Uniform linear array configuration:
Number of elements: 24
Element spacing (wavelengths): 0.25
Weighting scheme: hamming
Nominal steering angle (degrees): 60
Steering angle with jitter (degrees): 58.222
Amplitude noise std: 0.05
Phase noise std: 0.05

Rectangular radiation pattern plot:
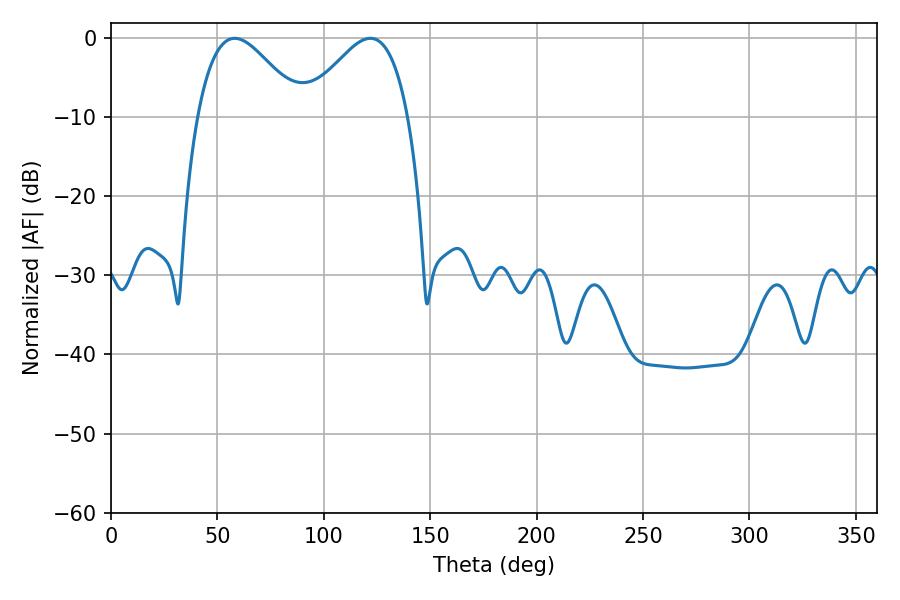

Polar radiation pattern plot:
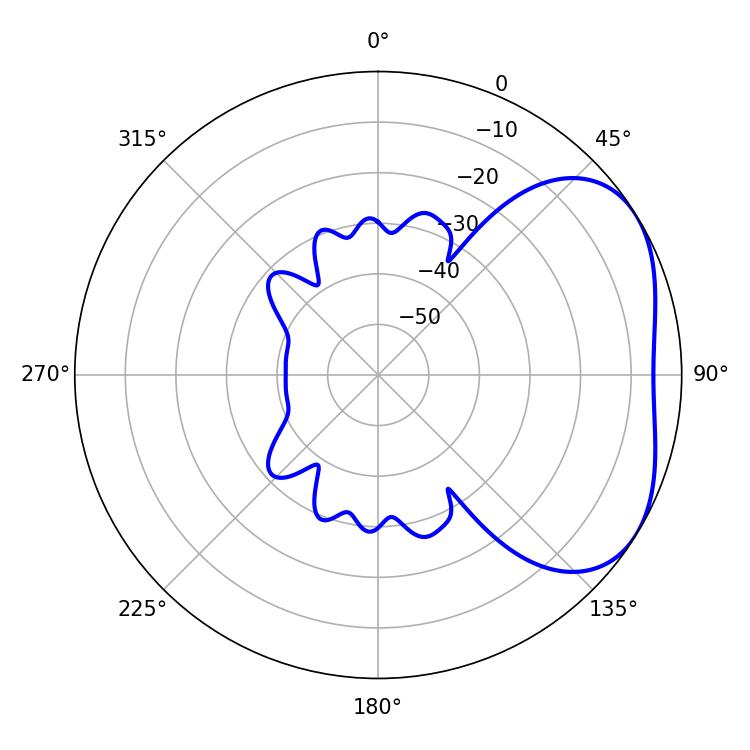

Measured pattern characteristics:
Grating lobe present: FALSE
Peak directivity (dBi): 3.579
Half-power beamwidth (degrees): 26.28
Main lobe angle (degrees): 58.14